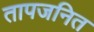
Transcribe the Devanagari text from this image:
तापजनित